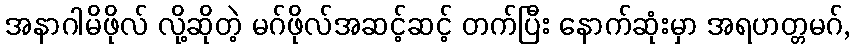
အနာဂါမိဖိုလ် လို့ဆိုတဲ့ မဂ်ဖိုလ်အဆင့်ဆင့် တက်ပြီး နောက်ဆုံးမှာ အရဟတ္တမဂ်,